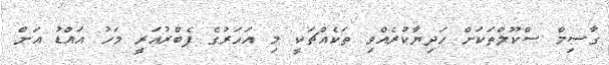
ގާސިމް ސްކޫލްތަކަށް ހަދިޔާކުރެއްވި ތަކެއްޗަކީ މި އަހަރުގެ ފެބްރުއަރީ މަހު އައްޑު އަށް